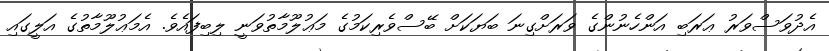
އެދުވަސްވަރު ޢަރަބި އަންހެނުންގެ ވަރަށްގިނަ ބަޔަކަށް ބޭސްވެރިކަމުގެ މަޢުލޫމާތުވަނީ ލިބިފައެވެ. އެމަޢުލޫމާތުގެ އަލީގައި